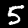
Label: 5